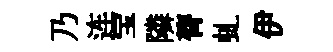
乃连宝隣膂虬伊